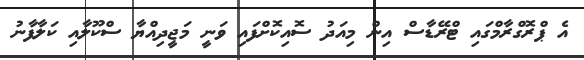
އެ ޕްރޮގްރާމްގައި ޓްރޭޑާސް އިން މިއަދު ސޮއިކޮށްފައި ވަނީ މަޖީދިއްޔާ ސްކޫލާއި ކަލާފާނު